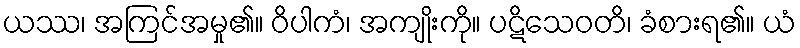
ယဿ၊ အကြင်အမှု၏။ ဝိပါကံ၊ အကျိုးကို။ ပဋိသေဝတိ၊ ခံစားရ၏။ ယံ